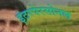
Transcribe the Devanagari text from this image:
इंटरपेरसोनल